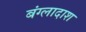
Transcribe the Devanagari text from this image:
बंग्लादाश